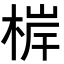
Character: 𭪤